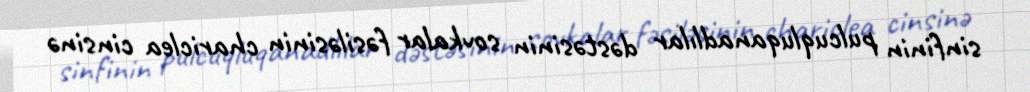
sinfinin pulcuqluqanadlılar dəstəsinin sovkalar fəsiləsinin chariclea cinsinə